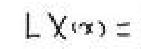
$L X(x)=$